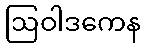
ဩဝါဒကေန